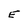
Character: E